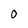
Character: 0